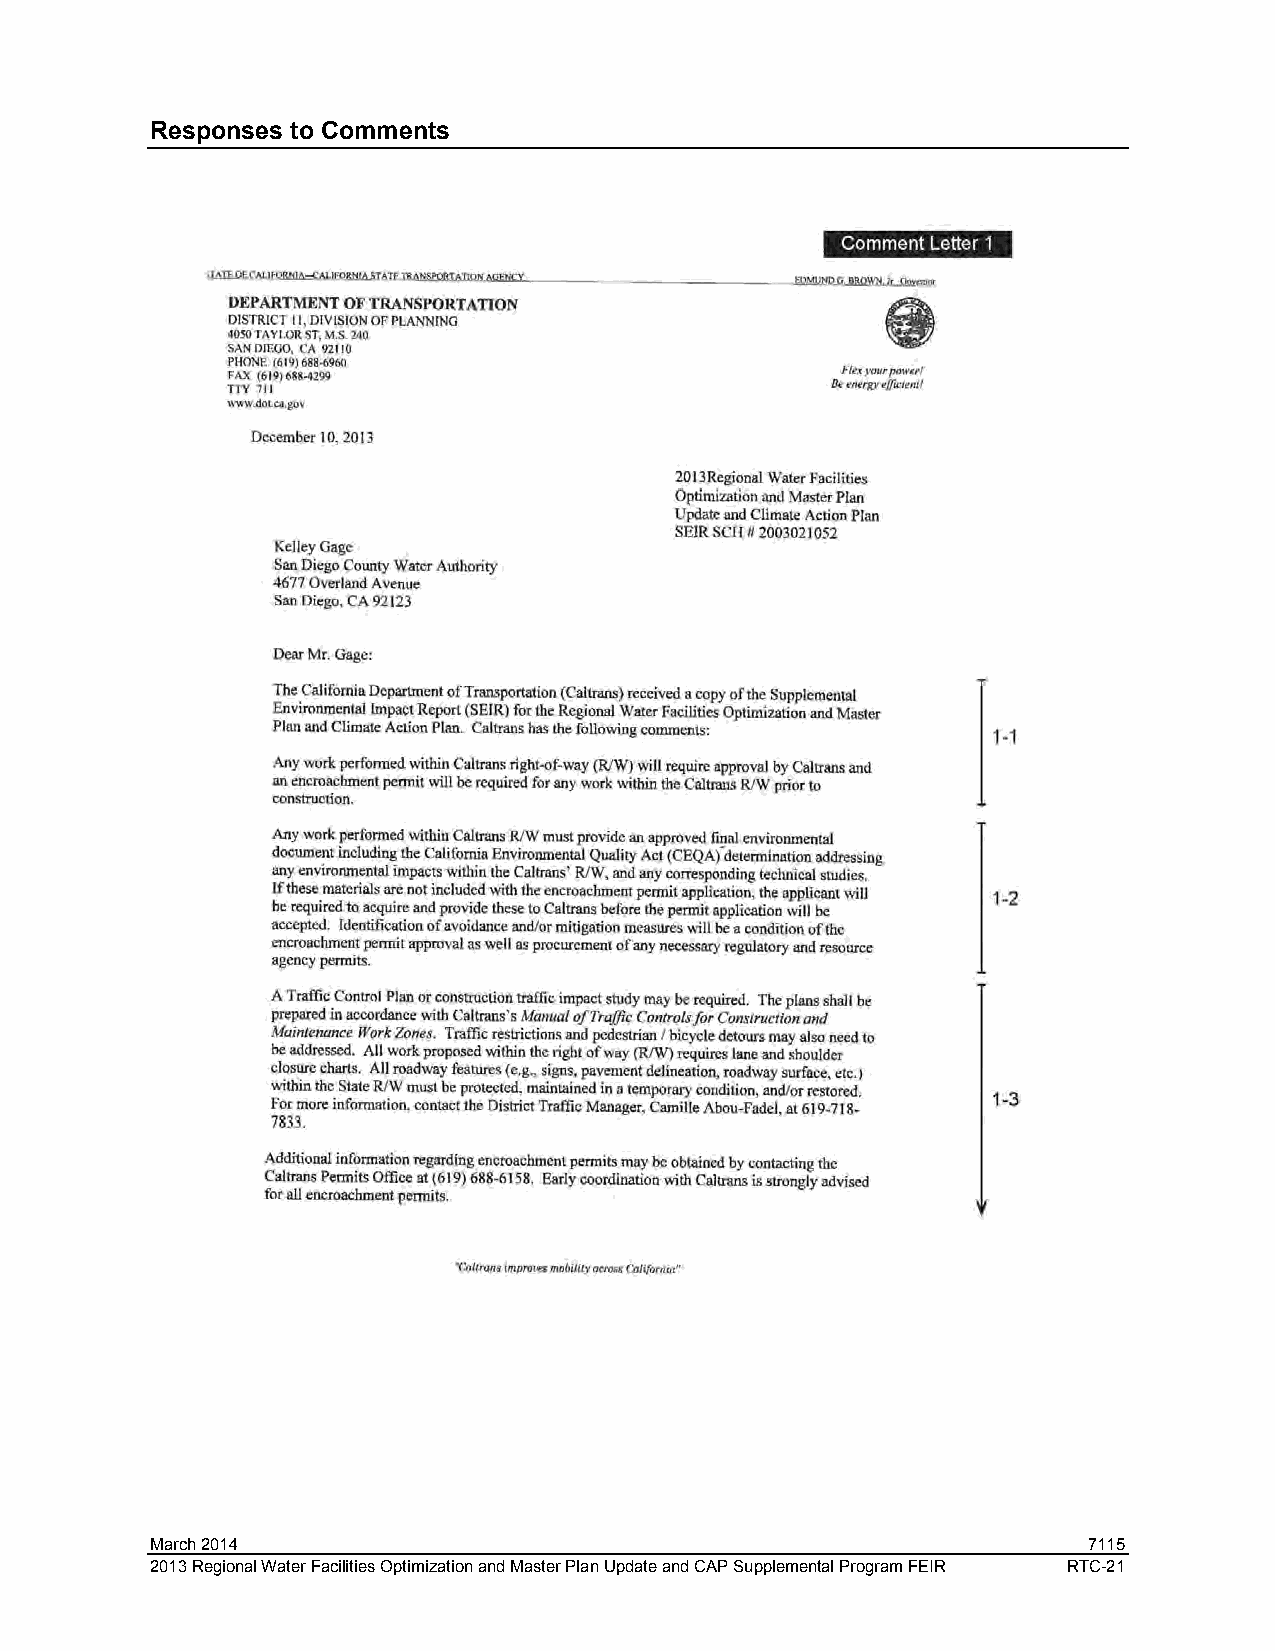
Responses to Comments
 March 2014                                                    7115
 2013 Regional Water Facilities Optimization and Master Plan Update and CAP Supplemental Program FEIR RTC-21